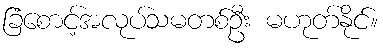
ခြံစောင့်အလုပ်သမတစ်ဦး မဟုတ်နိုင်။